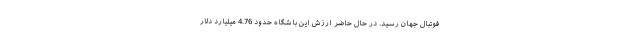
فوتبال جهان رسید. در حال حاضر ارزش این باشگاه حدود 4.76 میلیارد دلار